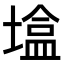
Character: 𪤒